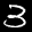
Label: 3